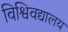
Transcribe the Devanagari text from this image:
विश्विवद्यालय